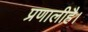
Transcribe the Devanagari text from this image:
प्रणालीहै।